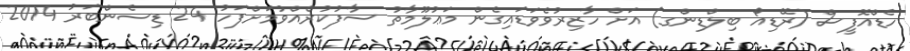
ހެޑްއޮފީސް (ރޭޑިއޯ ބިލްޑިންގ) އަށް ހާޒިރުވެވަޑައިގެން މަޢުލޫމާތު ސާފުކުރެއްވުމަށްފަހު 24 ޑިސެންބަރު 2014